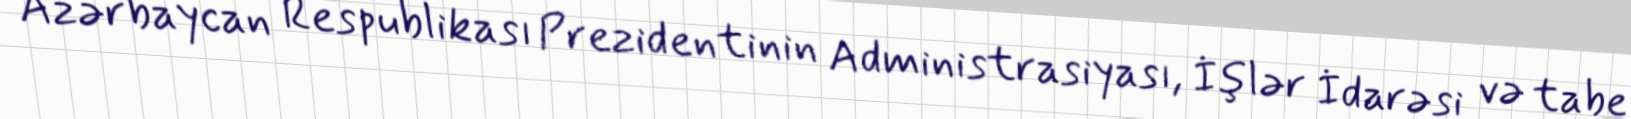
Azərbaycan Respublikası Prezidentinin Administrasiyası, İşlər İdarəsi və tabe